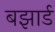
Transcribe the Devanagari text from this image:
बझार्ड